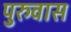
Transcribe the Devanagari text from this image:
पुरुवास